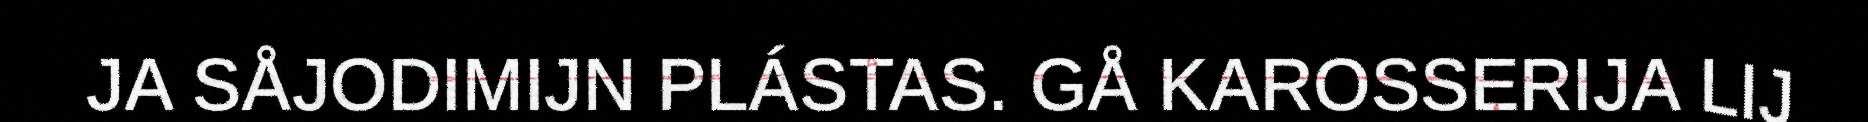
JA SÅJODIMIJN PLÁSTAS. GÅ KAROSSERIJA LIJ